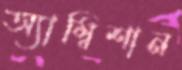
অ্যাম্বিশান